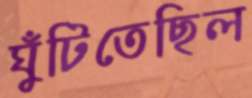
ঘুঁটিতেছিল